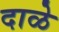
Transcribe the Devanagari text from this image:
दाळे